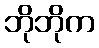
ဘိုဘိုက